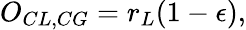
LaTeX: O_{CL,CG}=r_{L}(1-\epsilon),